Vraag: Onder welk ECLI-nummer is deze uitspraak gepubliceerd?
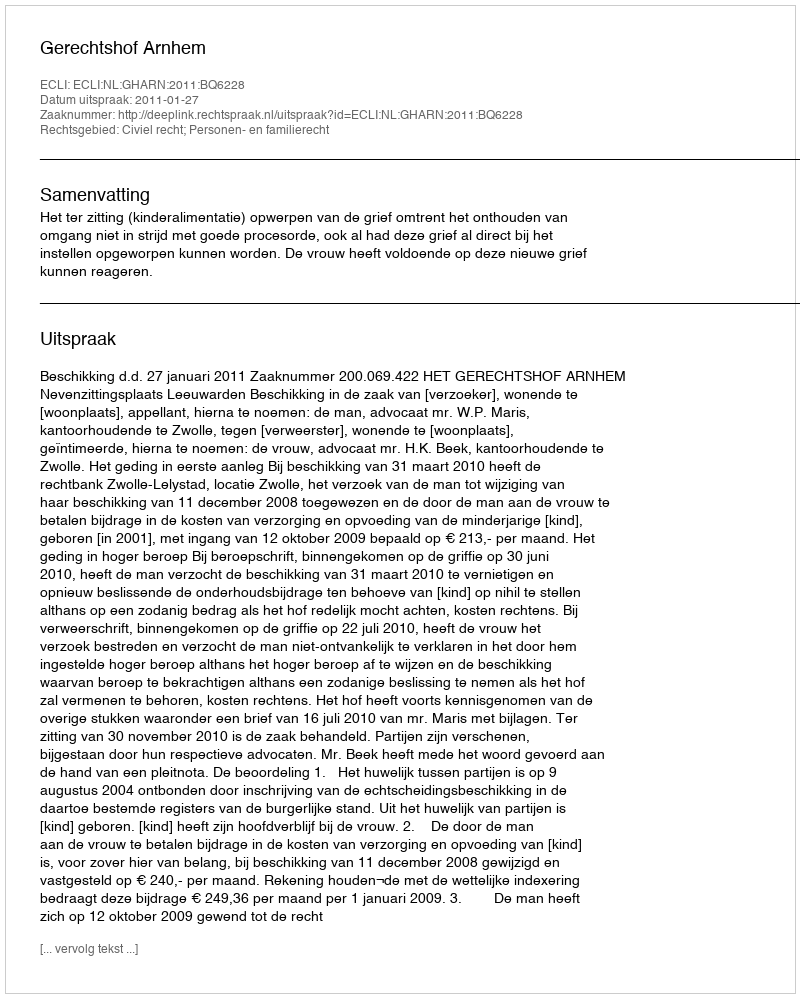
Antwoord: ECLI:NL:GHARN:2011:BQ6228